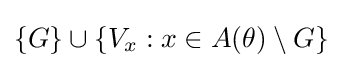
\{G\}\cup \{V_{x}:x\in A(\theta )\setminus G\}